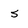
Character: 5